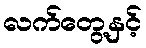
လက်တွေ့နှင့်